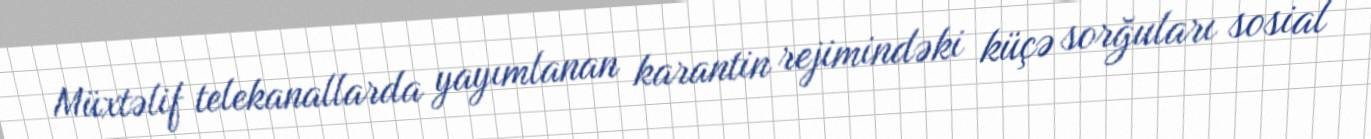
Müxtəlif telekanallarda yayımlanan karantin rejimindəki küçə sorğuları sosial